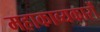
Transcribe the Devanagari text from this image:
महाकाव्यकारों